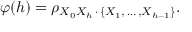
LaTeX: \varphi ( h ) = \rho _ { X _ { 0 } X _ { h } \, \cdot \, \{ X _ { 1 } , \, \dots \, , X _ { h - 1 } \} } .